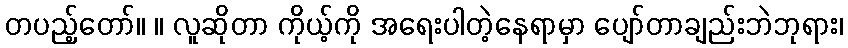
တပည့်တော်။ ။ လူဆိုတာ ကိုယ့်ကို အရေးပါတဲ့နေရာမှာ ပျော်တာချည်းဘဲဘုရား၊